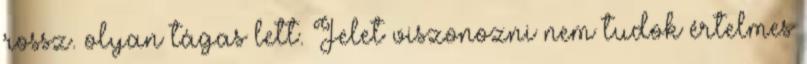
rossz. olyan tágas lett. Jelet viszonozni nem tudok értelmes